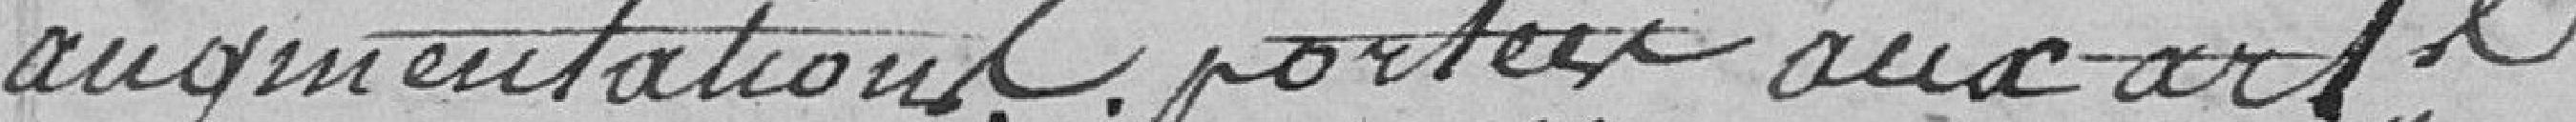
augmentations portées aux articles